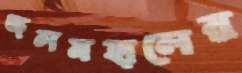
জলমহালের